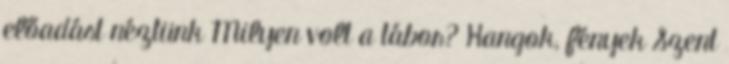
előadást néztünk Milyen volt a tábor? Hangok, fények Szent